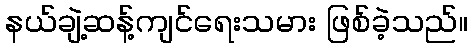
နယ်ချဲ့ဆန့်ကျင်ရေးသမား ဖြစ်ခဲ့သည်။